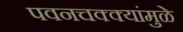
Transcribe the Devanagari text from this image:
पवनचक्क्यांमुळे